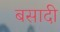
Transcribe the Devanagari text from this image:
बसादी